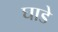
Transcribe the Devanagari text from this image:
घाडे